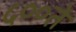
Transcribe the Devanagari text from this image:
५००ते